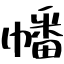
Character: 幡